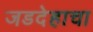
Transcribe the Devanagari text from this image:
जडदेहाचा